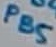
Text: PB5